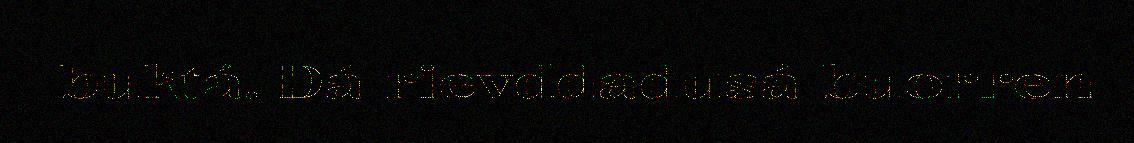
buktá. Dá rievddadusá buorren